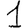
Digit: 1